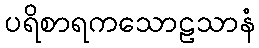
ပရိစာရကသောဠသာနံ